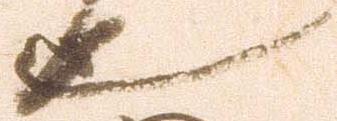
也